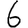
Digit: 6